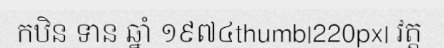
កឋិន ទាន ឆ្នាំ ១៩៧៤thumb|220px| វត្ត